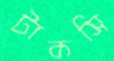
টাকসি